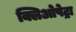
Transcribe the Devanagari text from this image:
क्लिओपेट्रा